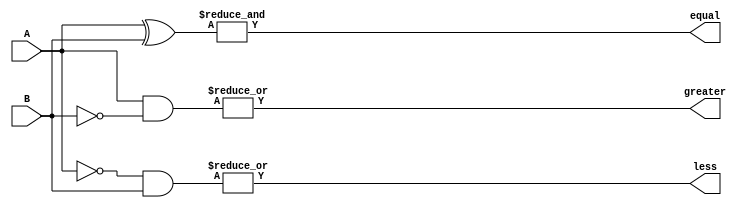
module parallel_comparator(
    input [3:0] A,
    input [3:0] B,
    output equal,
    output greater,
    output less
);

wire [3:0] equal_bits;
wire [3:0] greater_bits;
wire [3:0] less_bits;

assign equal_bits = A ^ B;
assign greater_bits = A & ~B;
assign less_bits = ~A & B;

assign equal = &equal_bits;
assign greater = |greater_bits;
assign less = |less_bits;

endmodule